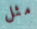
مثل